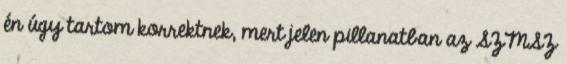
én úgy tartom korrektnek, mert jelen pillanatban az SZMSZ